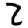
Digit: 2